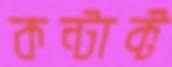
কন্টাক্ট